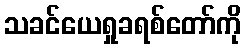
သခင်ယေရှုခရစ်တော်ကို